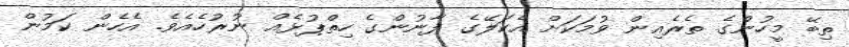
ތިބޭ މީހުންގެ ތެރެއިން ވުމަކަށް އެކަލޭގެ ފާނުންގެ ހިތްޕުޅެއް ނުރުހެއެވެ. އެހެން ކަމުން